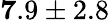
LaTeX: {\mathbf 7.9\pm 2.8}